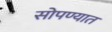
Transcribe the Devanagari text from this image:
सोपण्यात